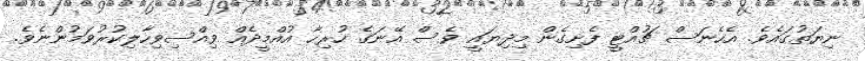
ނިޔަތުގައެވެ. އެހެނަސް ޗުއްޓީ ފެށިގެން މިދިޔައީ ވެސް އޭނަގެ ހުރިހާ އުއްމީދެއް ވިއްސިވިހާލިކުރުވަމުންނެވެ.